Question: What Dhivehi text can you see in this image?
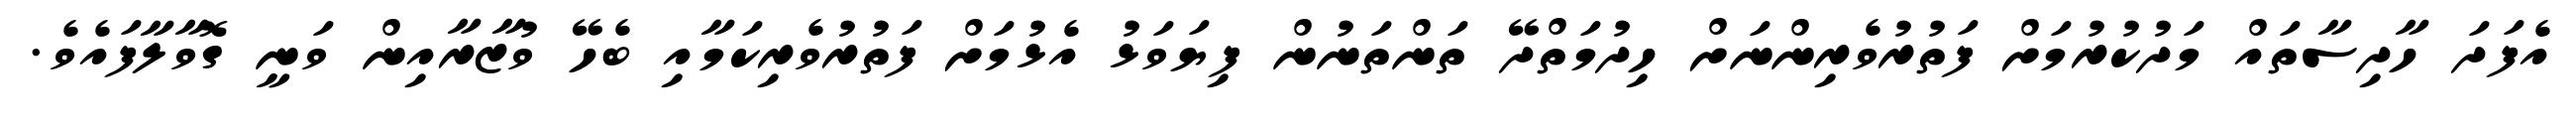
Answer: އެފަދަ ހާދިސާތައް މަދުކުރުމަށް ފަތުރުވެރިންނަށް ހިދުމަތްދޭ ތަންތަނުން ފިޔަވަޅު އެޅުމަށް ފަތުރުވެރިކަމާއި ބެހޭ ވުޒާރާއިން ވަނީ ގޮވާލާފައެވެ.